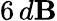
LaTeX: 6\, d\mathbf{B}